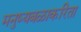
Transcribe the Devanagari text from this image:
मनुष्यबळाकरिता